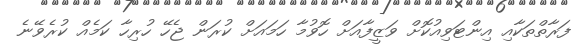
ފަރާތްތަކާއި އިންޓަވިއުކޮށް ވަޒީފާއަށް ހޮވުމާ ހަމައަށް ކުރަން ޖެހޭ ހުރިހާ ކަމެއް ކުރެވޭނެ